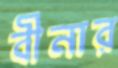
বীনার